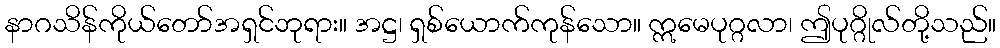
နာဂသိန်ကိုယ်တော်အရှင်ဘုရား။ အဋ္ဌ၊ ရှစ်ယောက်ကုန်သော။ ဣမေပုဂ္ဂလာ၊ ဤပုဂ္ဂိုလ်တို့သည်။